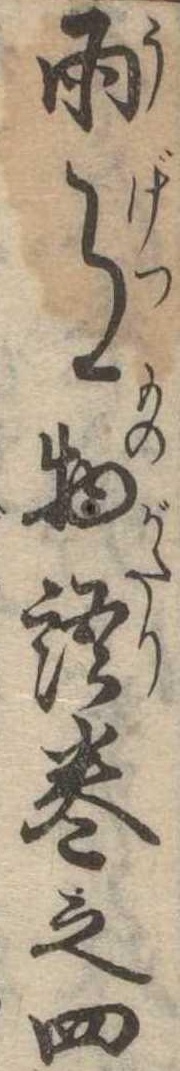
雨月物語巻之四